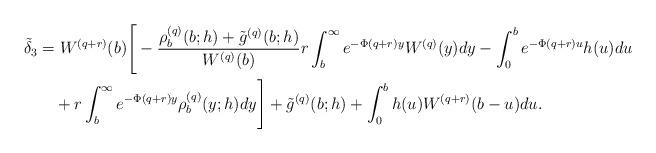
LaTeX: \begin{align*}\tilde{\delta}_3&=W^{(q+r)}(b)\Bigg[-\dfrac{\rho^{(q)}_{b}(b;h)+\tilde{g}^{(q)}(b;h)}{W^{(q)}(b)}r\int_b^{\infty}e^{-\Phi(q+r)y}W^{(q)}(y)dy-\int_0^{b}e^{-\Phi(q+r)u}h(u)du\\&\quad+r\int_{b}^{\infty}e^{-\Phi(q+r)y}\rho_b^{(q)}(y;h)dy\Bigg]+\tilde{g}^{(q)}(b;h)+\int_0^bh(u)W^{(q+r)}(b-u)du.\end{align*}